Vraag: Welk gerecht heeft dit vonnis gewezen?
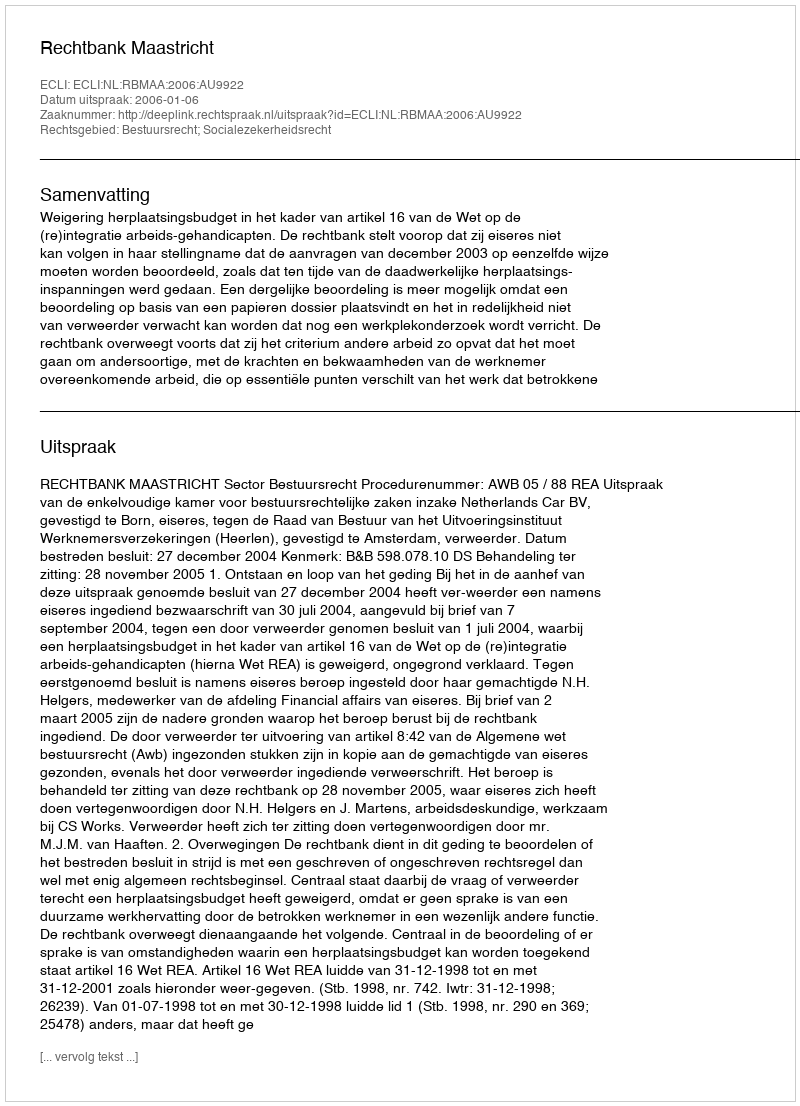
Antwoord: Rechtbank Maastricht